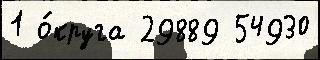
1 о́круга 29889 54930